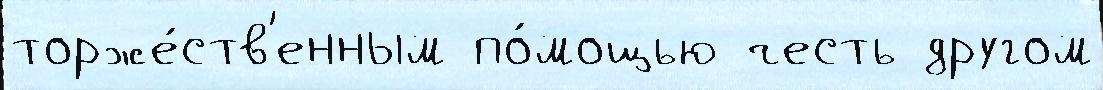
торже́ств'енным по́мощью честь другом